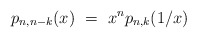
\begin{align*} p_{n,n-k}(x) \ = \ x^n p_{n,k}(1/x)\end{align*}